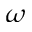
\omega